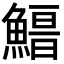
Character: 𩺏